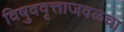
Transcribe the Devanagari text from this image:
विषुववृत्ताजवळचा